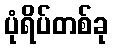
ပုံရိပ်တစ်ခု